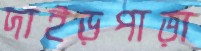
দাইড়পাড়া